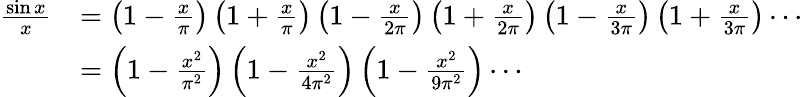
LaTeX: {\begin{array}{rl}{{\frac{\sin x}{x}}}&{=\left(1-{\frac{x}{\pi}}\right)\left(1+{\frac{x}{\pi}}\right)\left(1-{\frac{x}{2\pi}}\right)\left(1+{\frac{x}{2\pi}}\right)\left(1-{\frac{x}{3\pi}}\right)\left(1+{\frac{x}{3\pi}}\right)\cdots}\\ &{=\left(1-{\frac{x^{2}}{\pi^{2}}}\right)\left(1-{\frac{x^{2}}{4\pi^{2}}}\right)\left(1-{\frac{x^{2}}{9\pi^{2}}}\right)\cdots}\end{array}}